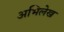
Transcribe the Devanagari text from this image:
अभिलेख